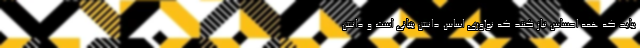
بیاید که همه احساس نیاز کنند که نوآوری اساس دانش بنیانی است و دانش